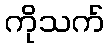
ကိုသက်